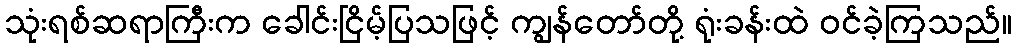
သုံးရစ်ဆရာကြီးက ခေါင်းငြိမ့်ပြသဖြင့် ကျွန်တော်တို့ ရုံးခန်းထဲ ဝင်ခဲ့ကြသည်။